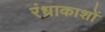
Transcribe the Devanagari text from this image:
रंध्राकाशों